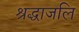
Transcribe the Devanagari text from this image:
श्रद्धाजलि